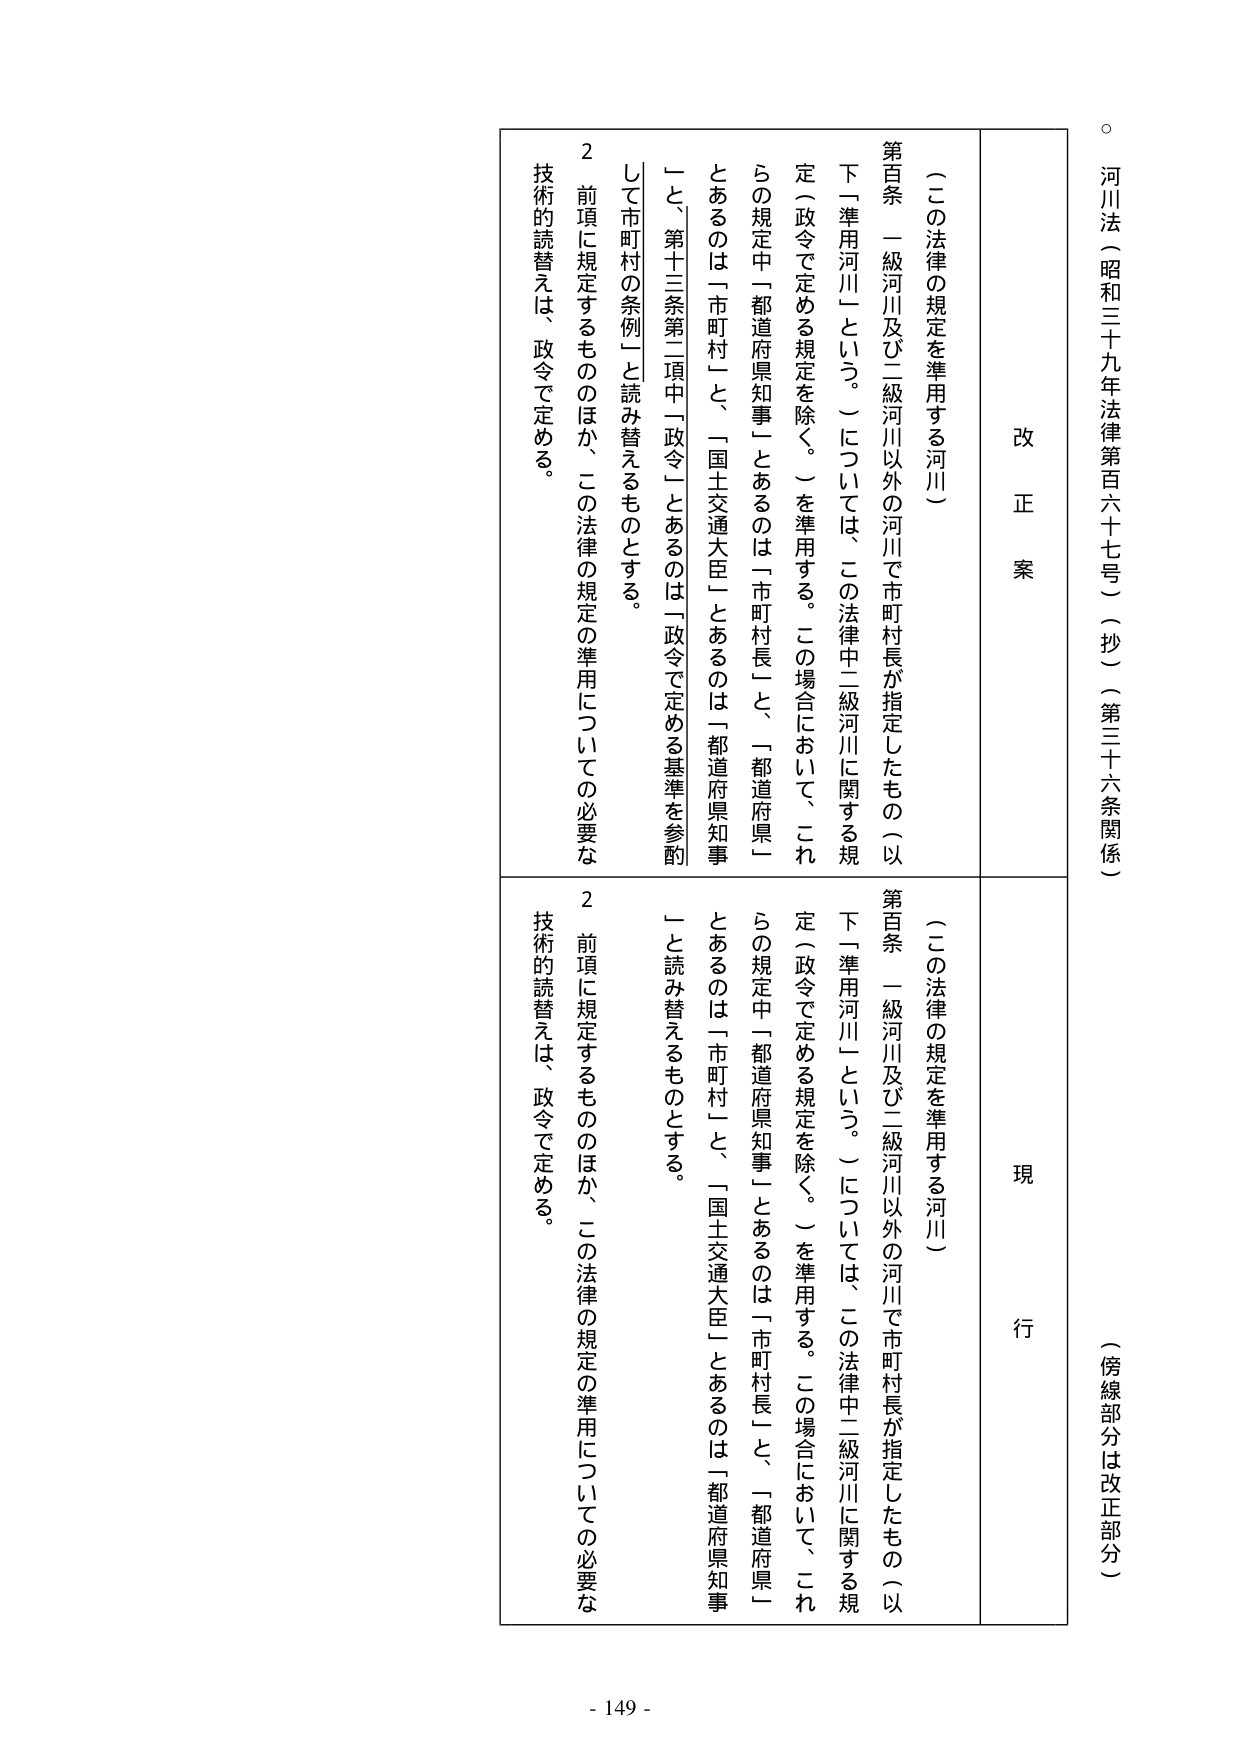
河川法（昭和三十九年法律第百六十七号）（抄）（第三十六条関係）

（傍線部分は改正部分）

改正案

（二の法律の規定を準用する河川）

第百条 一級河川及び二級河川以外の河川で市町村長が指定したもの（以下「準用河川」という。）については、この法律中二級河川に関する規定（政令で定める規定を除く。）を準用する。この場合において、これらの規定中「都道府県知事」とあるのは「市町村長」と、「都道府県」とあるのは「市町村」と、「国土交通大臣」とあるのは「都道府県知事」と、第十三条第二項中「政令」とあるのは「政令で定める基準を参酌して市町村の条例」と読み替えるものとする。

２ 前項に規定するもののほか、この法律の規定の準用についての必要な技術的読替えは、政令で定める。

現行

（二の法律の規定を準用する河川）

第百条 一級河川及び二級河川以外の河川で市町村長が指定したもの（以下「準用河川」という。）については、この法律中二級河川に関する規定（政令で定める規定を除く。）を準用する。この場合において、これらの規定中「都道府県知事」とあるのは「市町村長」と、「都道府県」とあるのは「市町村」と、「国土交通大臣」とあるのは「都道府県知事」と読み替えるものとする。

２ 前項に規定するもののほか、この法律の規定の準用についての必要な技術的読替えは、政令で定める。

- 149 -